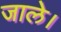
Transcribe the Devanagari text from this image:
जाले।